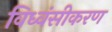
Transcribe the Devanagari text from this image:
विध्वंसीकरण